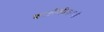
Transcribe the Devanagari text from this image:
काहीठीकाणी